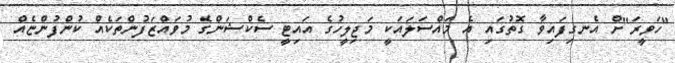
"ހަވީރަ"ށް އެނގިފައިވާ ގޮތުގައި އެ މައްސަލައަކީ މަޖިލީހުގެ އައިޓީ ސެކްޝަންގެ މުވައްޒަފުންތަކެއް ކުންފުންޏެއް